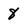
Character: 8